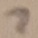
Text: 7